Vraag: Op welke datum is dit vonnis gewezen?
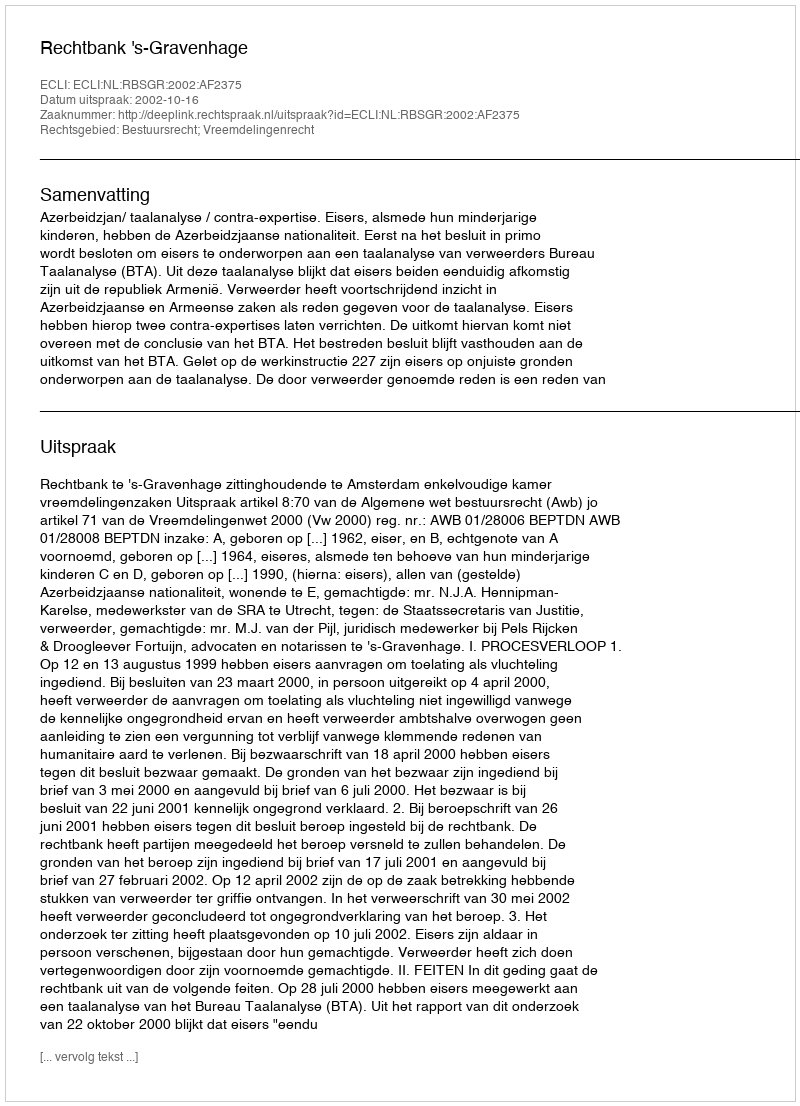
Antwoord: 2002-10-16